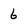
Character: 6